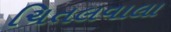
ચિતલવાલા